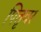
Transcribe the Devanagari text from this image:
पितृवर